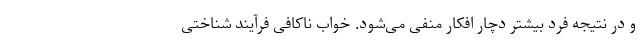
و در نتیجه فرد بیشتر دچار افکار منفی می‌شود. خواب ناکافی فرآیند شناختی